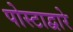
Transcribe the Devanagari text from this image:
पोस्टाद्वारे